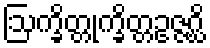
ဩက္ခိတ္တုက္ခိတ္တဥဇ္ဇဂ္ဃိ